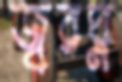
জ্বরঘ্ন